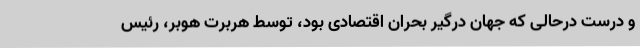
و درست درحالی که جهان درگیر بحران اقتصادی بود، توسط هربرت هوبر، رئیس